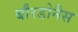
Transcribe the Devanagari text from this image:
बौरडोनैस